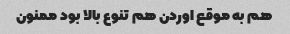
هم به موقع اوردن هم تنوع بالا بود ممنون